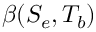
\beta ( S _ { e } , T _ { b } )